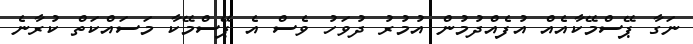
ނަގާ ޕޭސްމޭކާއެއް އުފެއްދުމުން އުމުރު ދުވަހު ވެސް އެ ޕޭސްމޭކާ މަސައްކަތް ކުރާނެ